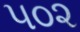
૫૦૨